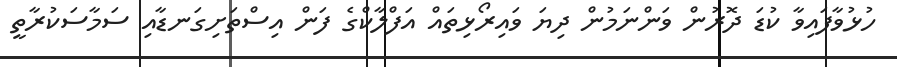
ހުޅުވާފައިވާ ކުޑަ ދޮރުން ވަންނަމުން ދިޔަ ވައިރޯޅިތައް އަފްލާކްގެ ފަން އިސްތަށިގަނޑާއި ސަމާސަކުރާތީ